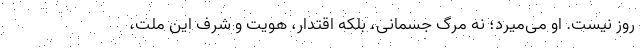
روز نیست. او می‌میرد؛ نه مرگ جسمانی، بلکه اقتدار، هویت و شرف این ملت،